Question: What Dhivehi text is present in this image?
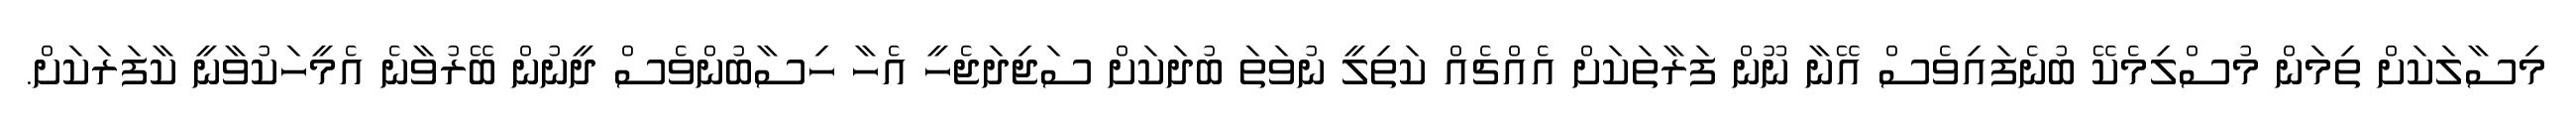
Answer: މިސާލަކަށް ތިމަން މުސްލިމެކޭ ބުނެފައިވެސް އޭނާ ނޫން ފަރާތަކަށް އެއްޗެއް ކަތިލީ ނުވަތަ ބުދަކަށް ސަޖިދަޖެހީ އެހާ ހިސާބުންވެސް ދީނުން ބޭރުވާނެ އެމީހަކުވާނީ ކާފަރަކަށް.